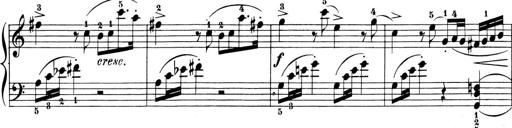
Title: 6 Piano Sonatinas
Composer: Cornelius Gurlitt